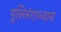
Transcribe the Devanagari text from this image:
पुल्लिंगाध्याय